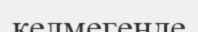
келмегенде